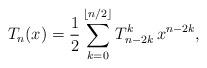
LaTeX: \begin{align*}{T_n}(x) = \frac{1}{2}\sum\limits_{k = 0}^{\left\lfloor {n/2} \right\rfloor } {T_{n - 2k}^k\,{x^{n - 2k}}} ,\end{align*}